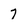
Character: 7